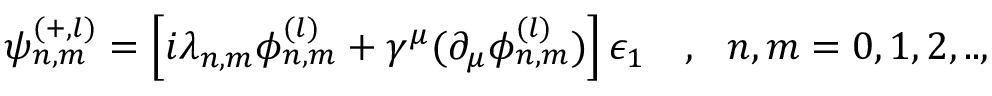
\psi _ { n , m } ^ { ( + , l ) } = \left[ i \lambda _ { n , m } \phi _ { n , m } ^ { ( l ) } + \gamma ^ { \mu } ( \partial _ { \mu } \phi _ { n , m } ^ { ( l ) } ) \right] \epsilon _ { 1 } ~ ~ ~ , ~ ~ n , m = 0 , 1 , 2 , . . ,